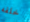
خلفه